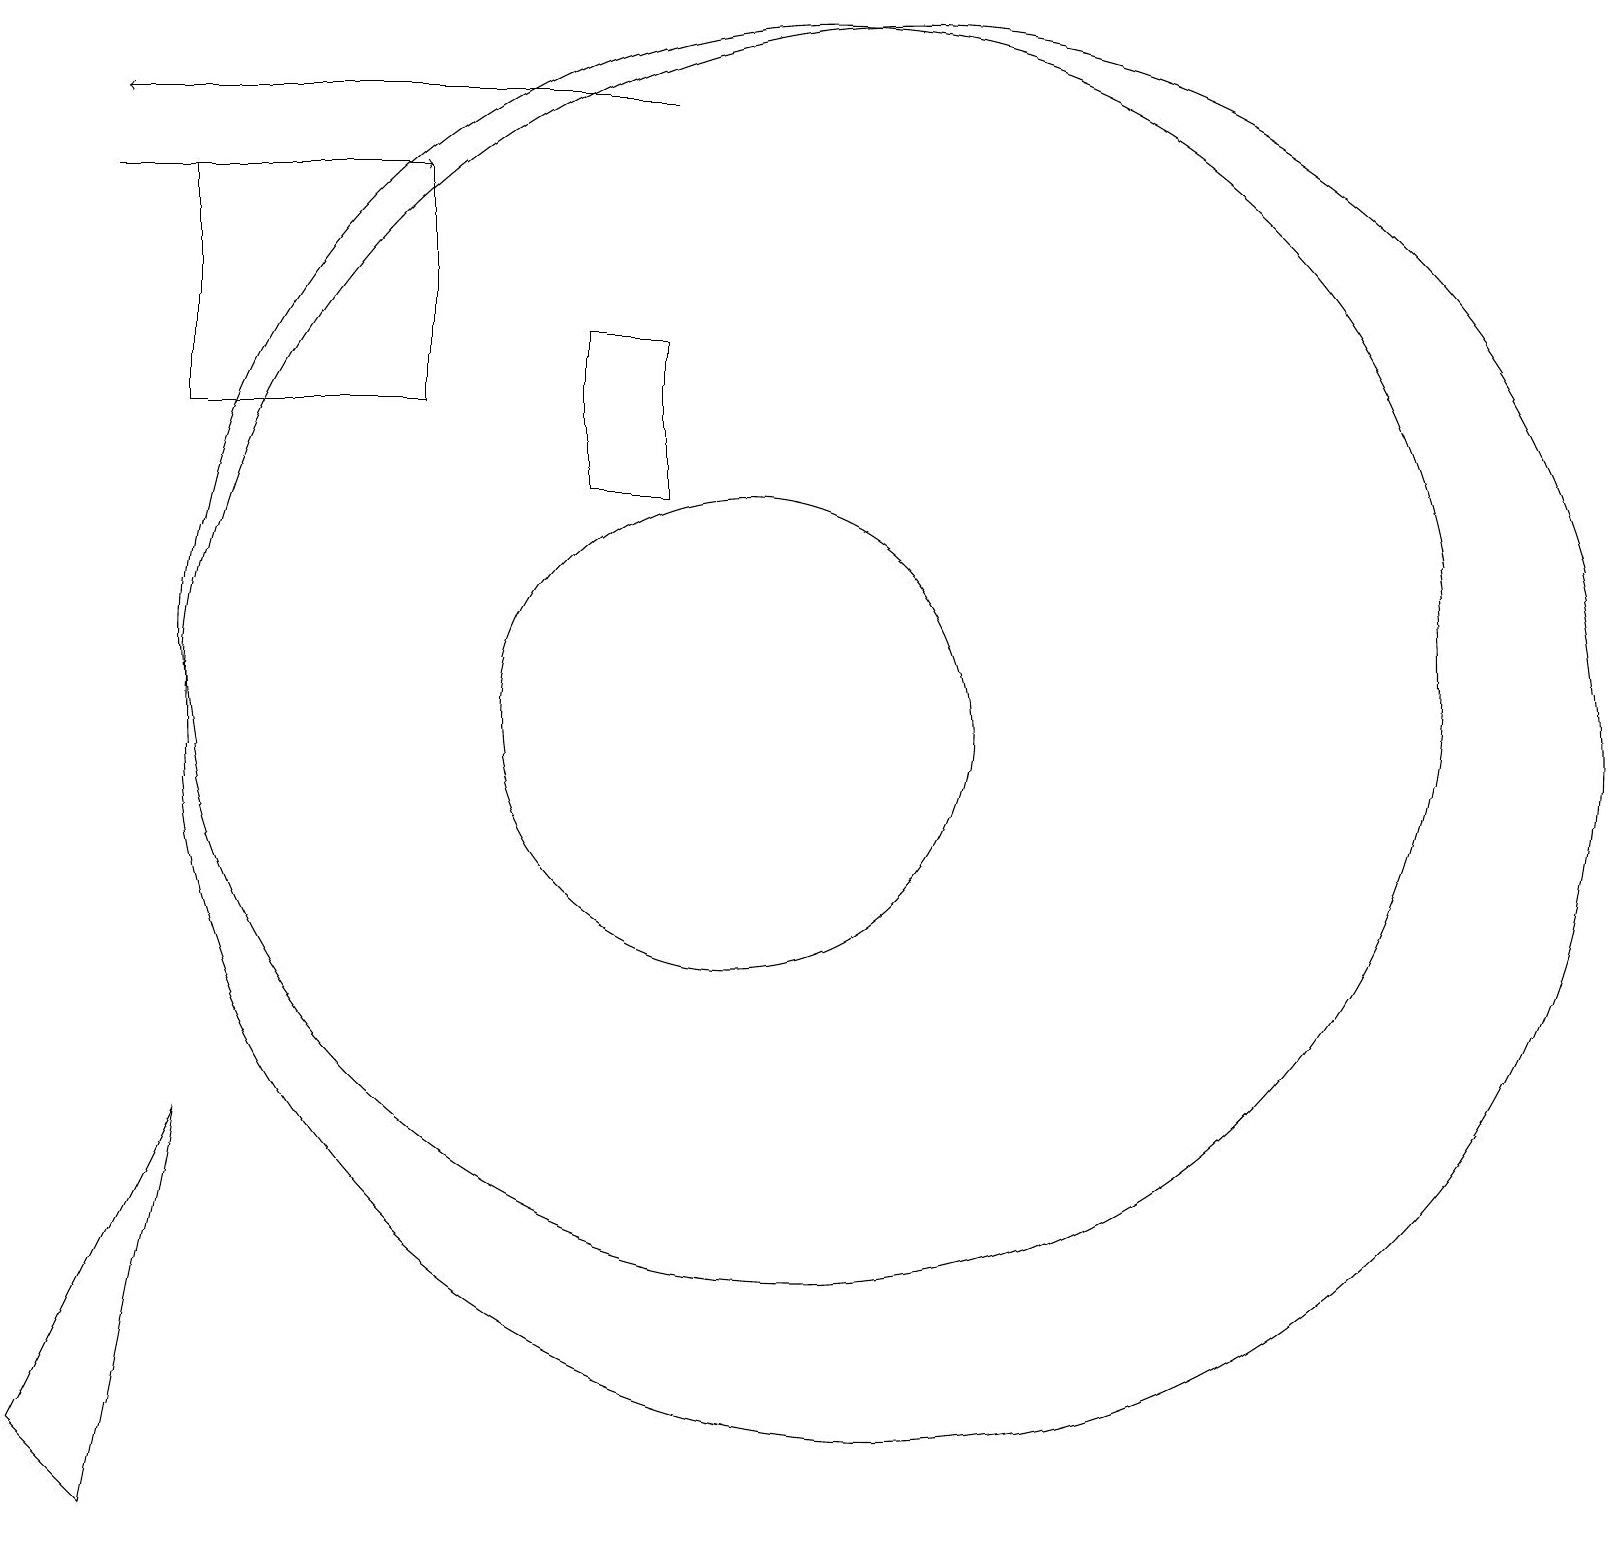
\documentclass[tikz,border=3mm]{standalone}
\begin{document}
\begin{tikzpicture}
\draw (8,13) rectangle (9,15);
\draw (3,5) -- (2,0) -- (1,1) -- cycle;
\draw (10,10) circle (3);
\draw[->] (9,18) -- (2,18);
\draw (11,11) circle (8);
\draw (3,17) rectangle (6,14);
\draw[->] (2,17) -- (6,17);
\draw (12,10) circle (9);
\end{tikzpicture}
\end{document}